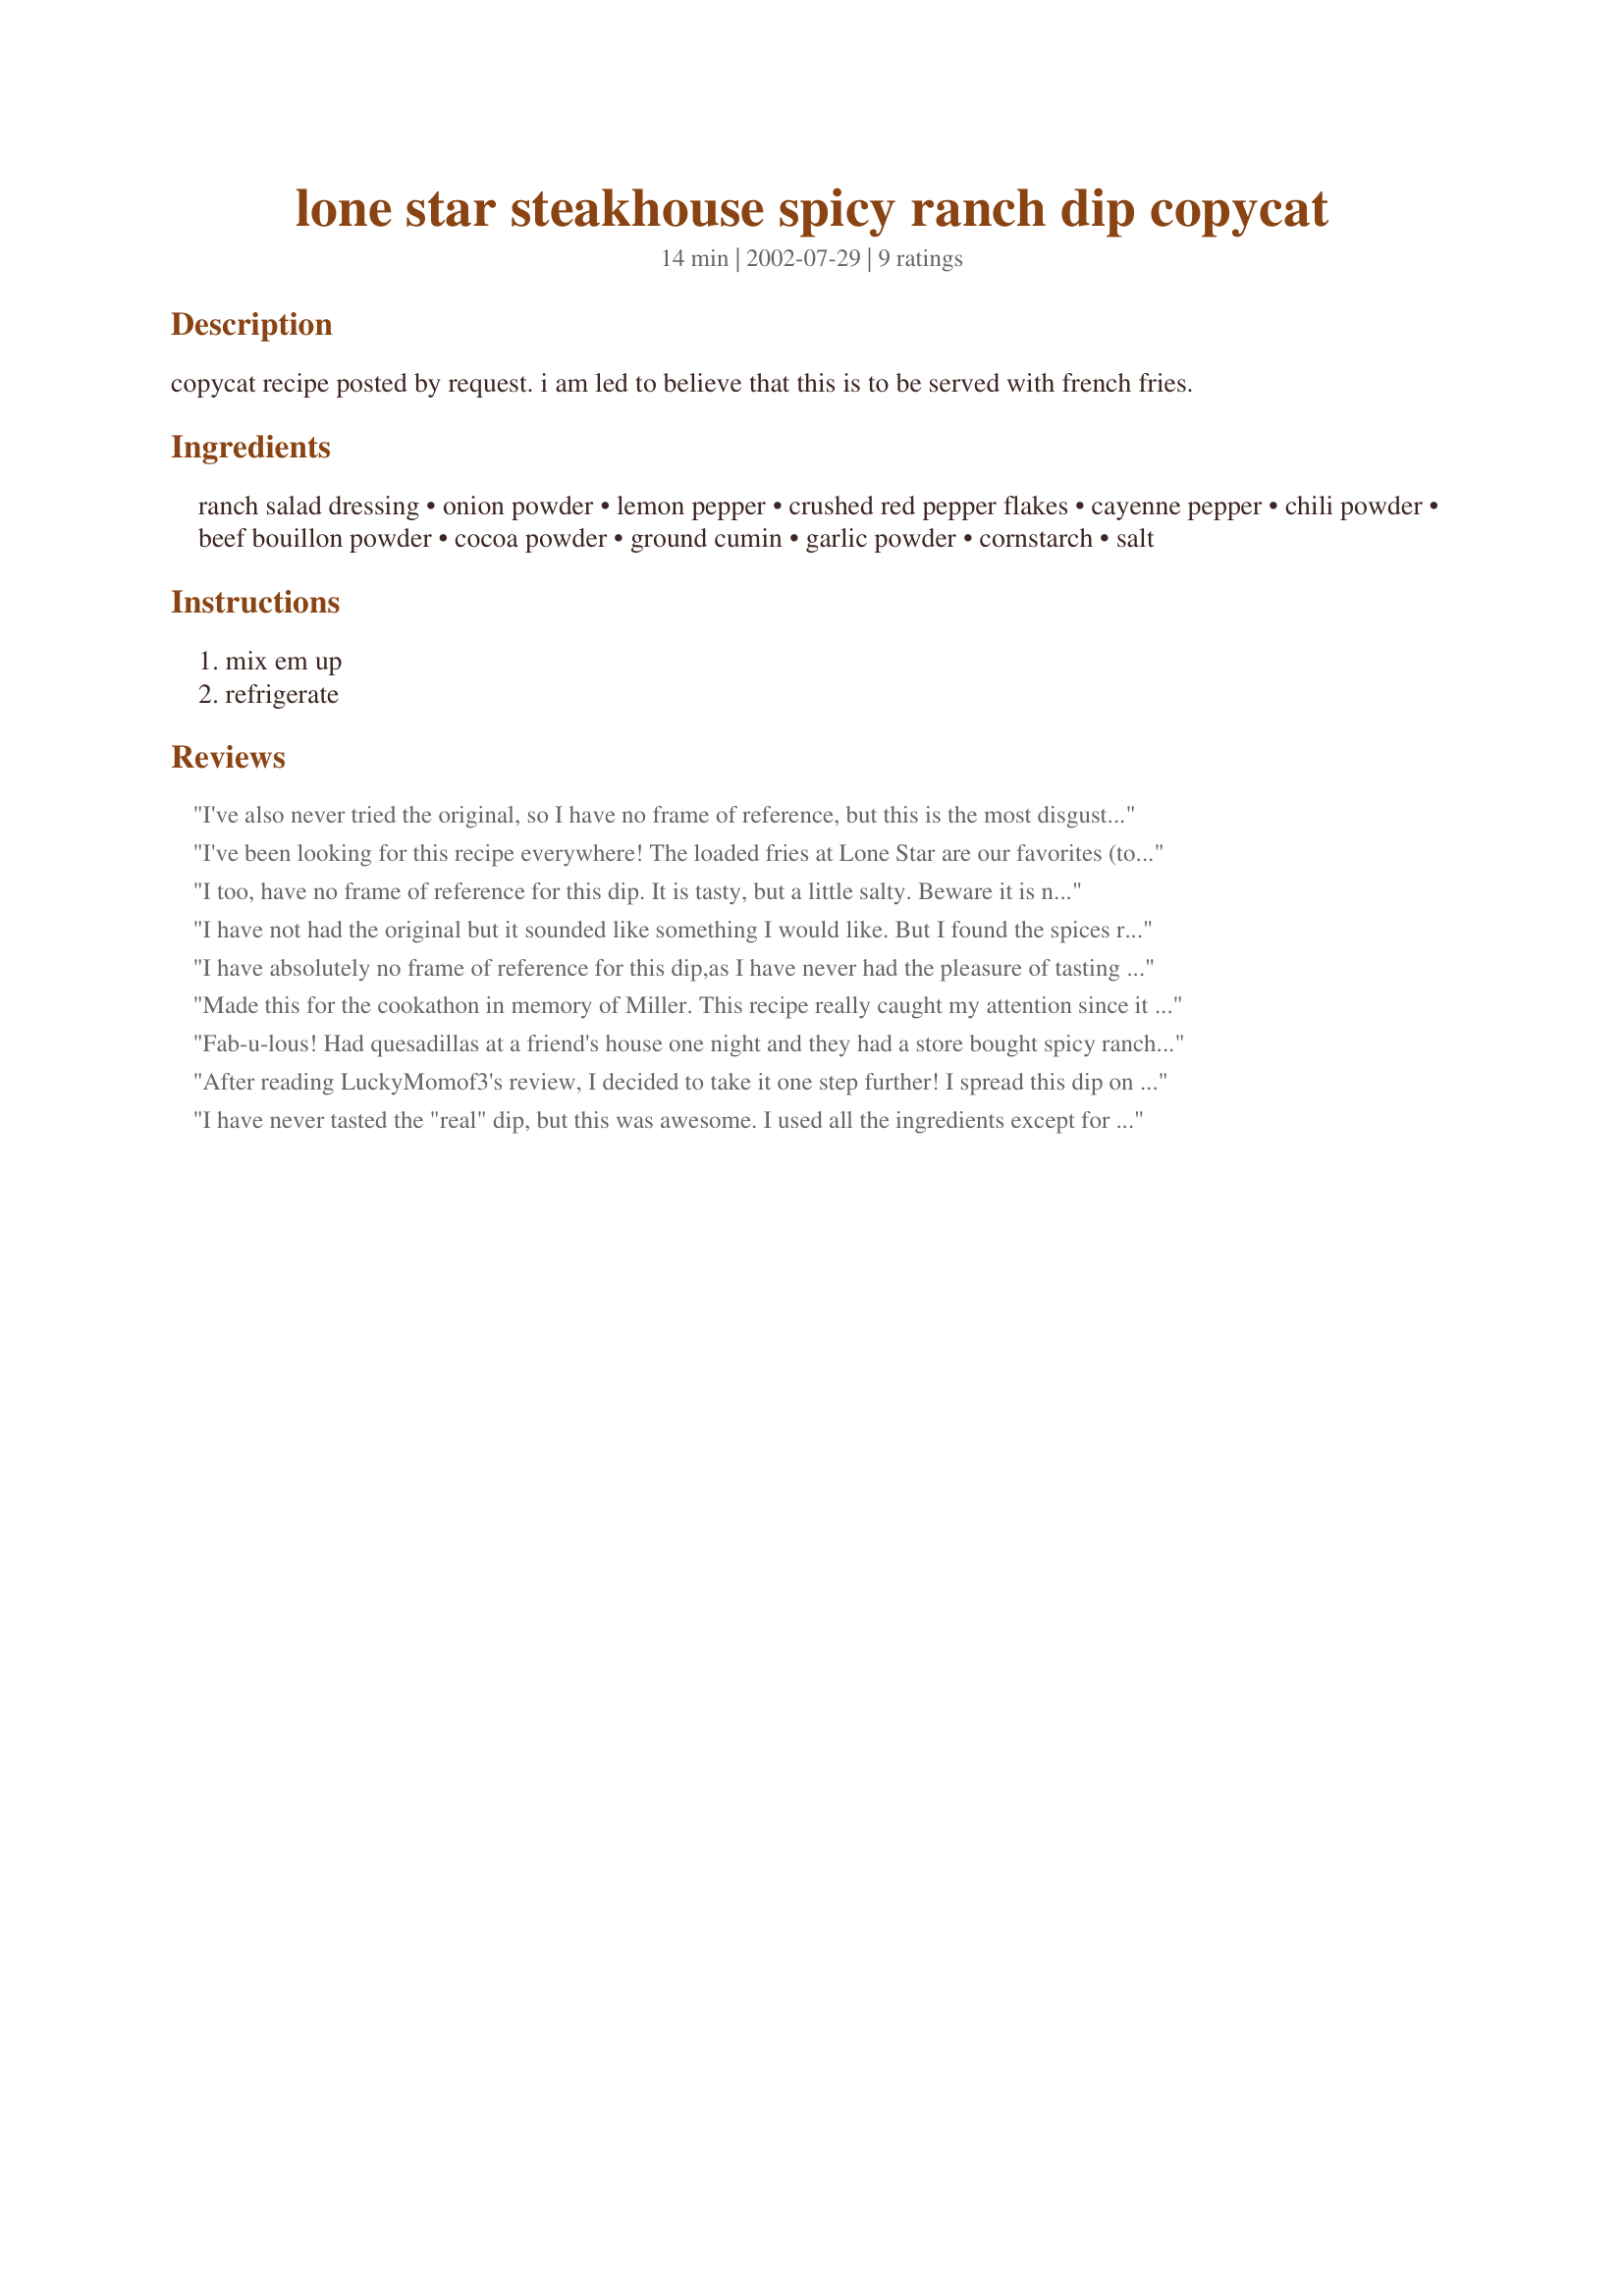
lone star steakhouse spicy ranch dip copycat
Preparation time: 14 minutes

copycat recipe posted by request. i am led to believe that this is to be served with french fries.

Ingredients:
ranch salad dressing, onion powder, lemon pepper, crushed red pepper flakes, cayenne pepper, chili powder, beef bouillon powder, cocoa powder, ground cumin, garlic powder, cornstarch, salt

Steps:
mix em up, refrigerate

Reviews:
I've also never tried the original, so I have no frame of reference, but this is the most disgusting dip I've ever eaten! Even my husband, who likes absolutely everything, couldn't eat it. I have no clue how this has five stars. This dip went in the trash!
I've been looking for this recipe everywhere! The loaded fries at Lone Star are our favorites (topped with melted cheese & bacon) and we LOVE the spicy dressing. I wanted to make some for an at-home dip for popcorn chicken and can't wait to give it a whirl!
I too, have no frame of reference for this dip. It is tasty, but a little salty. Beware it is not pretty once you get all those ingredients in!! I think it might be good either cutting the ingredients in half, or mixing with 16oz. dressing.
I have not had the original but it sounded like something I would like. But I found the spices really over powering and just with a bit of it I couldn't taste what I was eating. I added about 50 g of cream cheese to calm it down and it was then good, but not great. If I try it again, I would cut the spices in half or maybe even a quarter.
I have absolutely no frame of reference for this dip,as I have never had the pleasure of tasting the original,but I'm glad that I've had the chance to try this!
The ingredient list is intriguing to say the least,but the flavour that those ingredients produce when blended together was amazing.
We used it to dip wedges and chicken fingers into,it worked really well.
I took the tip from another review and saved some to use in quesadillas-delicious-I'll certainly be doing that again!
Made for Comfort Cafe Jan '09.
Made this for the cookathon in memory of Miller. This recipe really caught my attention since it called for coccoa powder. It was very good. Left out the salt and cayenne pepper as it seemed to have enough spice and salt without them. I believe the McCormick's lemon pepper seasoning I used contained alot of salt so next time I would cut back on that or use a different brand. Also, left out the cornstarch as the consistency seemed to be just right for our taste. We ate ours with Tostada chips but I can't wait to try it with french fries as Miller suggested.
Fab-u-lous! Had quesadillas at a friend's house one night and they had a store bought spicy ranch to dip them in. Wanted to have it again but the store bought dip came with chicken quesadilla kit (blech) homemade is my motto. So naturally I turned to Zaar and low and behold our dearly departed Miller had nailed. It tasted identical to the dip they had and it tastes great with quesadillas. Never had it on fries but am looking forward to trying. Bless you Miller.
After reading LuckyMomof3's review, I decided to take it one step further! I spread this dip on one side of a whole wheat tortilla before I added my quesadilla filling. The dip mixed with the melted cheeses...it was heavenly! Thank you, Miller, for the great recipe!
I have never tasted the "real" dip, but this was awesome. I used all the ingredients except for onion powder since I didn't have it and it was delicious! I paired it with Bacon Wrapped Taters http://www.recipezaar.com/Bacon-Wrapped-Taters-215902 and the combination was lovely! There were none left at the party I took them to. The ingredients seemed stranged, but they work together perfectly and it is excellent!
